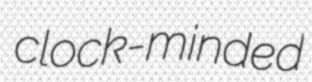
clock-minded